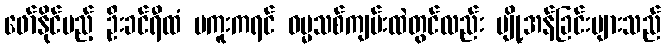
ဖော်နိုင်မည့် ဦးခင်ရီထံ ပကူးကရင် ဓမ္မသစ်ကျမ်းထဲတွင်လည်း ပျို့အန်ခြင်းများသည်